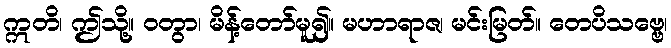
ဣတိ၊ ဤသို့။ ဝတွာ၊ မိန့်တော်မူ၍။ မဟာရာဇ၊ မင်းမြတ်။ တေပိသဗ္ဗေ၊